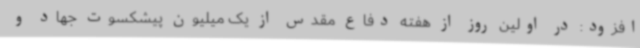
افزود: در اولین روز از هفته دفاع مقدس از یک میلیون پیشکسوت جهاد و